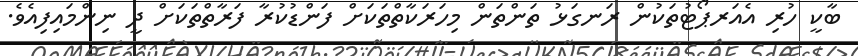
ބާކީ ހުރި އެއަރޕޯޓުތަކުން ރަނގަޅު ތަންތަން މިހަރަކާތްތަކަށް ފަންޑުކުރާ ފަރާތްތަކަށް ދީ ނިންމައިފިއެވެ.